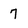
Character: 7